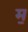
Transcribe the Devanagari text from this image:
म॒